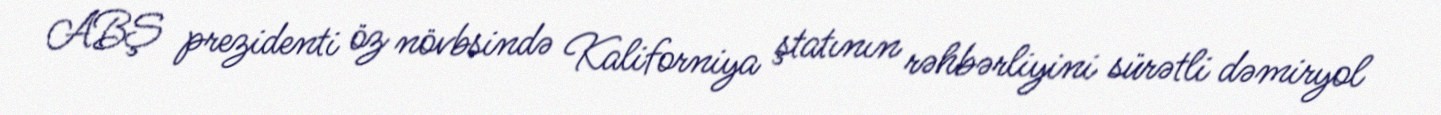
ABŞ prezidenti öz növbsində Kaliforniya ştatının rəhbərliyini sürətli dəmiryol